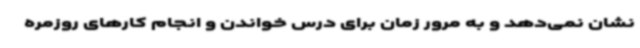
نشان نمی‌دهد و به مرور زمان برای درس خواندن و انجام کارهای روزمره